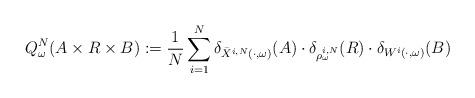
LaTeX: \begin{align*}Q^N_\omega (A\times R \times B) := \frac{1}{N} \sum_{i=1}^N \delta_{\bar X^{i,N}(\cdot,\omega)}(A) \cdot \delta_{\rho^{i, N}_\omega}(R)\cdot \delta_{ W^{i}(\cdot,\omega)}(B)\end{align*}